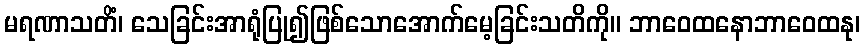
မရဏာသတိံ၊ သေခြင်းအာရုံပြု၍ဖြစ်သောအောက်မေ့ခြင်းသတိကို။ ဘာဝေထနောဘာဝေထနု၊